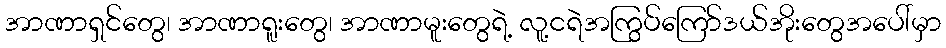
အာဏာရှင်တွေ၊ အာဏာရူးတွေ၊ အာဏာမူးတွေရဲ့ လူ့ငရဲအကြွပ်ကြော်ဒယ်အိုးတွေအပေါ်မှာ